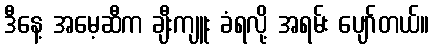
ဒီနေ့ အမေ့ဆီက ချီးကျူး ခံရလို့ အရမ်း ပျော်တယ်။